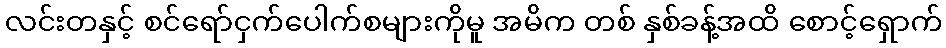
လင်းတနှင့် စင်ရော်ငှက်ပေါက်စများကိုမူ အမိက တစ် နှစ်ခန့်အထိ စောင့်ရှောက်